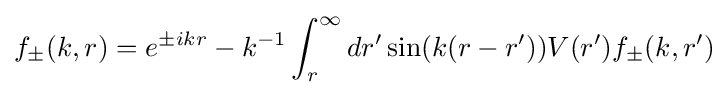
f_{\pm }(k,r)=e^{\pm ikr}-k^{-1}\int _{r}^{\infty }dr'\sin(k(r-r'))V(r')f_{\pm }(k,r')